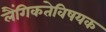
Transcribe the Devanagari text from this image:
लैंगिकतेविषयक